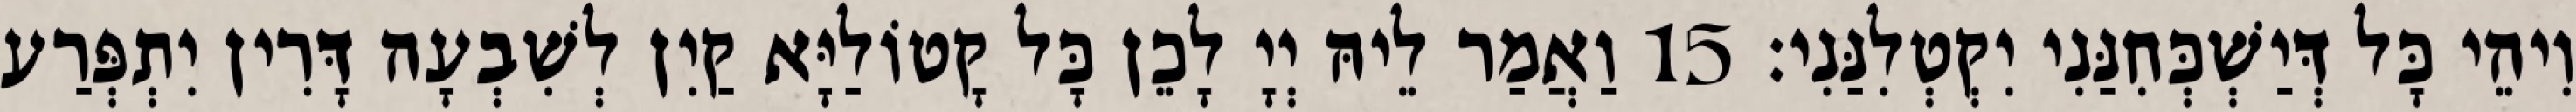
וִיהֵי כָּל דְּיַשְׁכְּחִנַּנִי יִקְטְלִנַּנִי׃ 15 וַאֲמַר לֵיהּ יְיָ לָכֵן כָּל קָטוֹלַיָּא קַיִן לְשִׁבְעָה דָּרִין יִתְפְּרַע